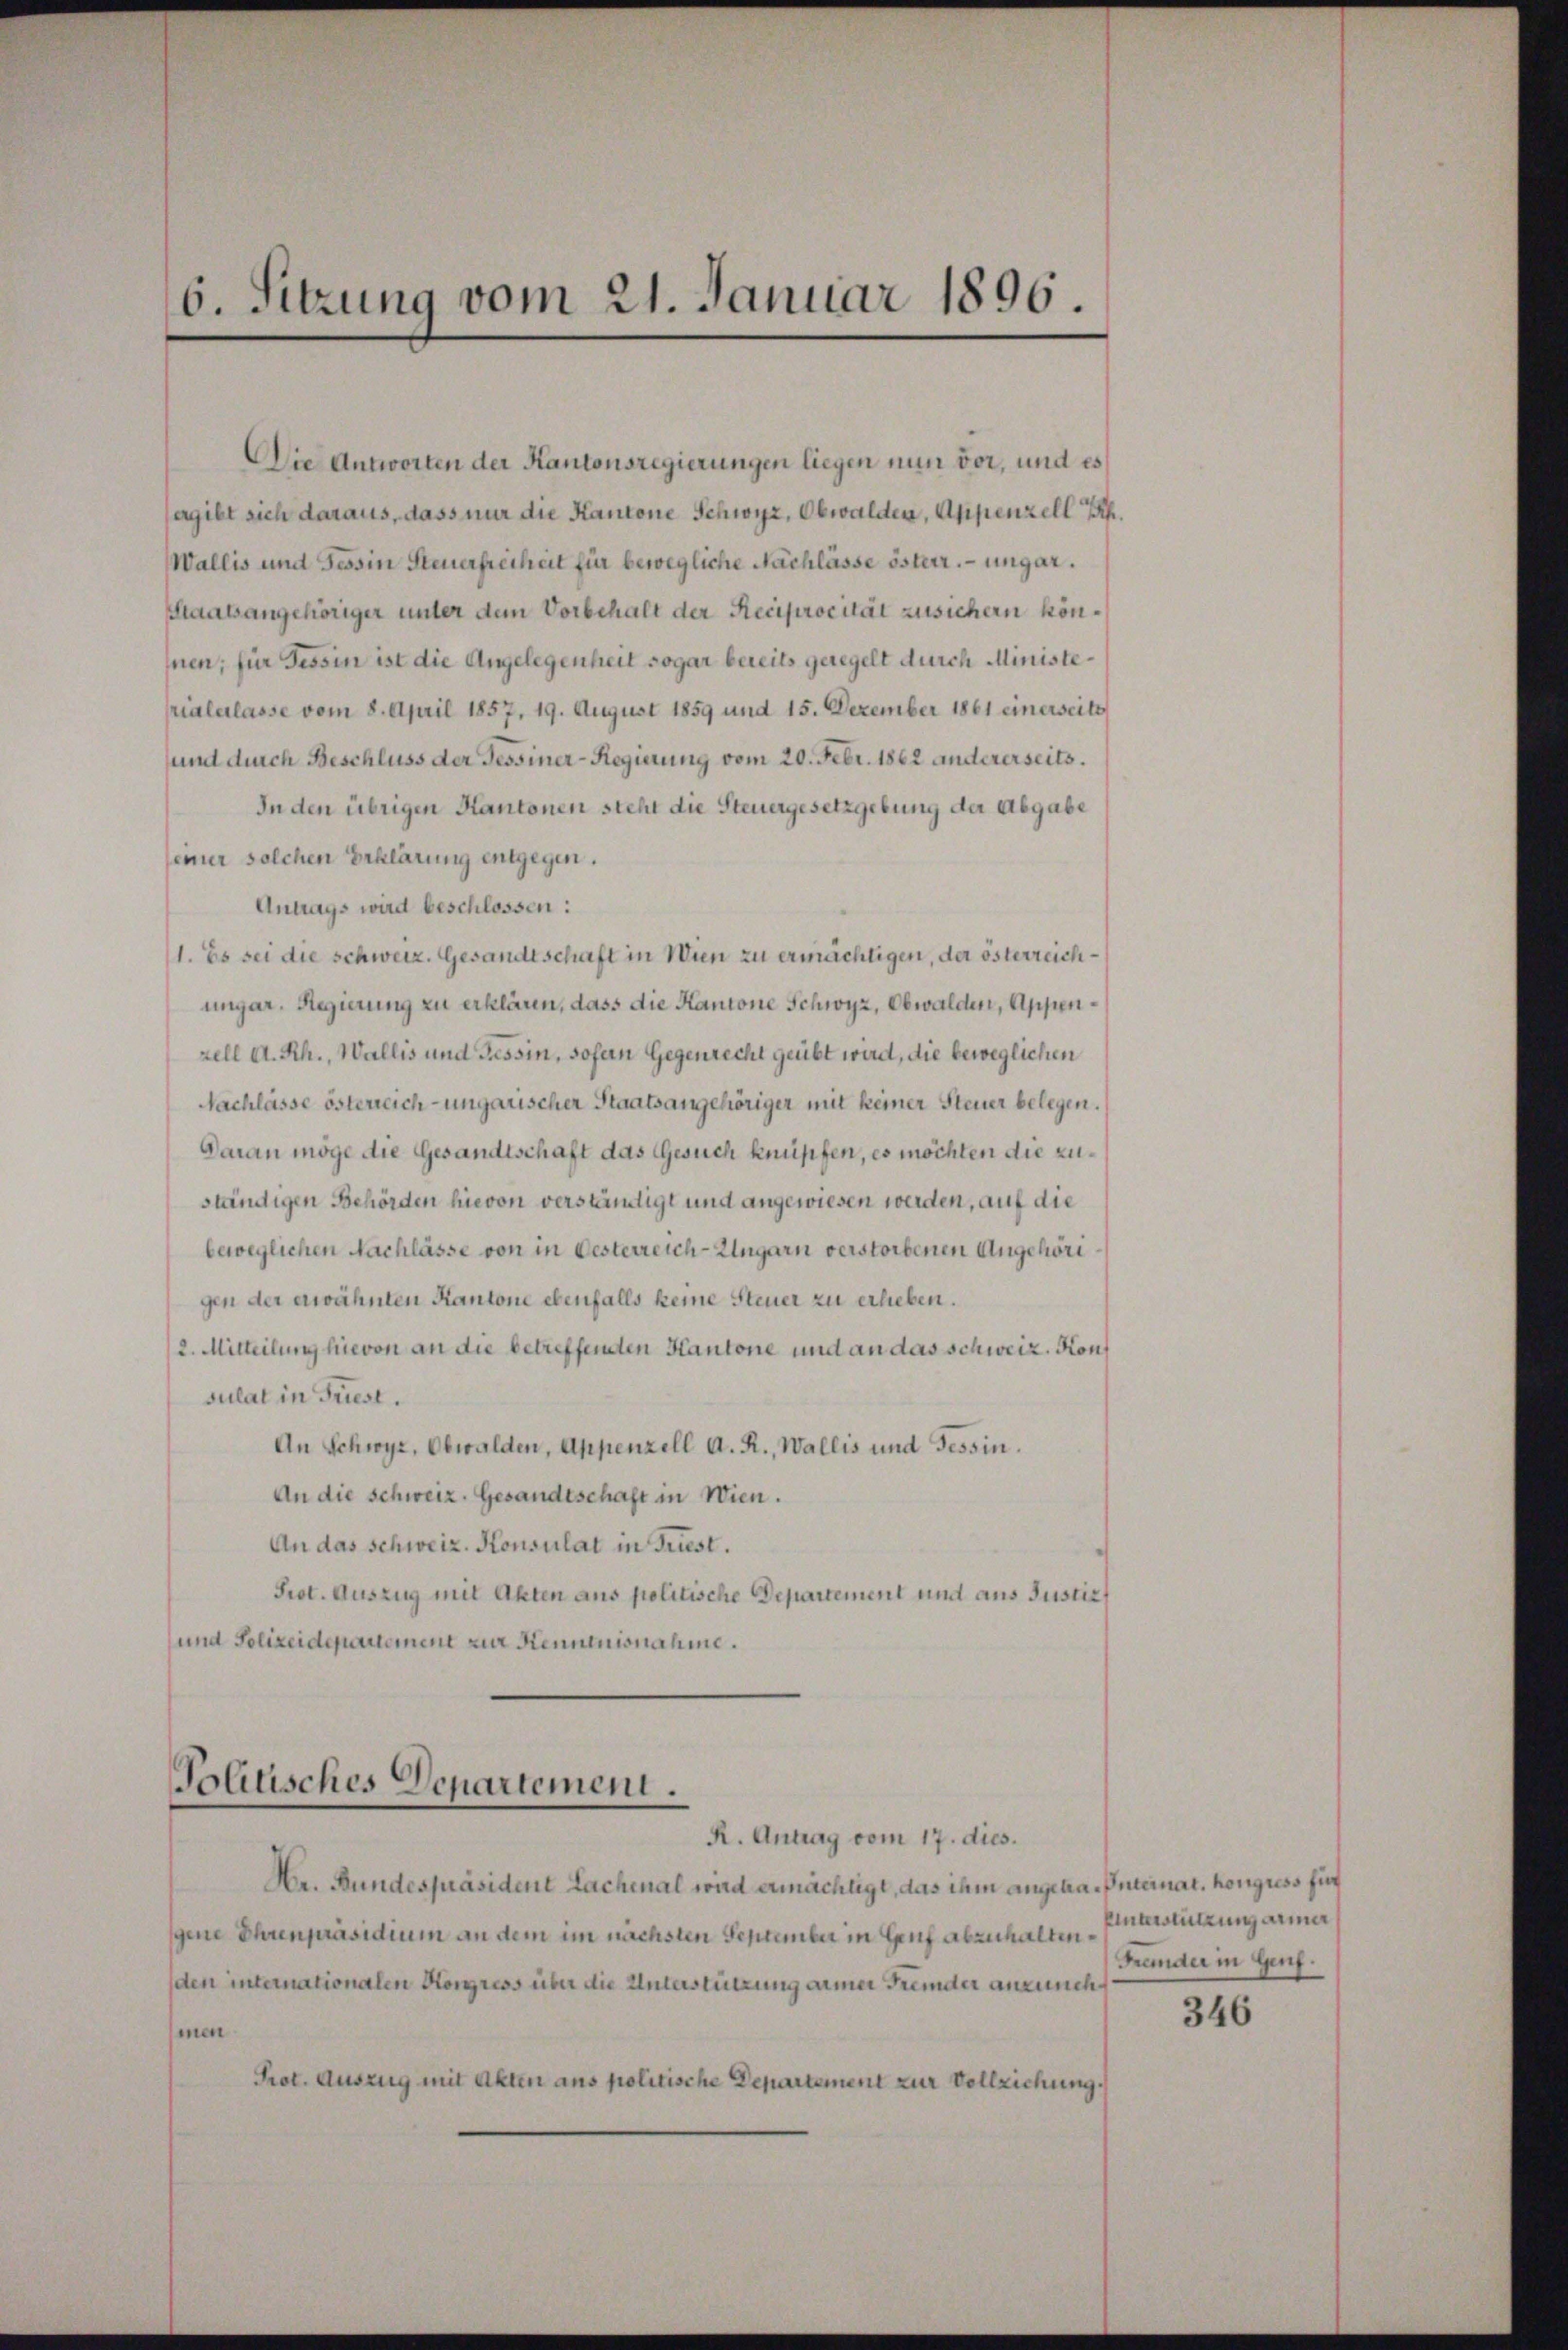
6. Sitzung vom 21. Januar 1896.

Die Antworten der Kantonsregierungen liegen nun vor, und es
sagibt sich daraus, dass nur die Kantone Schwyz, Obwalden, Appenzell
Wallis und Tessin Steuerfreiheit für bewegliche Nachlässe österr. ungar.
Staatsangehöriger unter dem Vorbehalt der Reciprocität zusichern können; für Tessin ist die Angelegenheit sogar bereits geregelt durch Ministerialerlasse vom 8. April 1857, 19. August 1859 und 15. Dezember 1861 einerseits
und durch Beschluss der Tessiner-Regierung vom 20. Febr. 1862 andererseits.
In den übrigen Kantonen steht die Steuergesetzgebung der Abgabe
seiner solchen Erklärung entgegen.
Antrags wird beschlossen:
1. Es sei die schweiz. Gesandtschaft in Wien zu ermächtigen, der österreichungar. Regierung zu erklären, dass die Kantone Schwyz, Obwalden, Appenzell A. Rh., Wallis und Tessin, sofern Gegenrecht geübt wird, die beweglichen
Nachlässe österreich-ungarischer Staatsangehöriger mit keiner Steuer belegen.
Daran möge die Gesandtschaft das Gesuch knüpfen, es möchten die zustindigen Behörden hievon verständigt und angewiesen werden, auf die
beweglichen Nachlässe von in Oesterreich-Ungarn verstorbenen Angehöri
gen der erwähnten Kantone ebenfalls keine Steuer zu erheben.
2. Mitteilung hievon an die betreffenden Kantone und an das schweiz. Konf
sulat in Friest.
An Schwyz, Obwalden, Appenzell A. R., Wallis und Tessin.
An die Schweiz. Gesandtschaft in Wien.
An das schweiz. Konsulat in Friest.
Prot. Auszug mit Akten aus politische Departement und aus Justiz¬
(und Polizeidepartement zur Kenntnisnahme.

Politisches Departement.
R. Antrag vom 17. dies.

Hr. Bundespräsident Lachmal ward ermächtigt, das ihm angetra-Steinat, kongress für
gene Ohrenpräsidium an dem im nächsten September in Genf abzuhalten
den internationalen Korress über die Unterstützung armer Fremder anzunehmen
Prot. Auszug mit Akten aus politische Departement zur Vollziehung.

Enterstützung aner
Fründer in Genf.

346